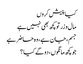
کیا پیش کروں
مال و زر تو کچھ بھی نہیں ہے
جسم، جان ہے، وہ حاضر ہے
جو کچھ مانگوں، دو گے کیا ؟